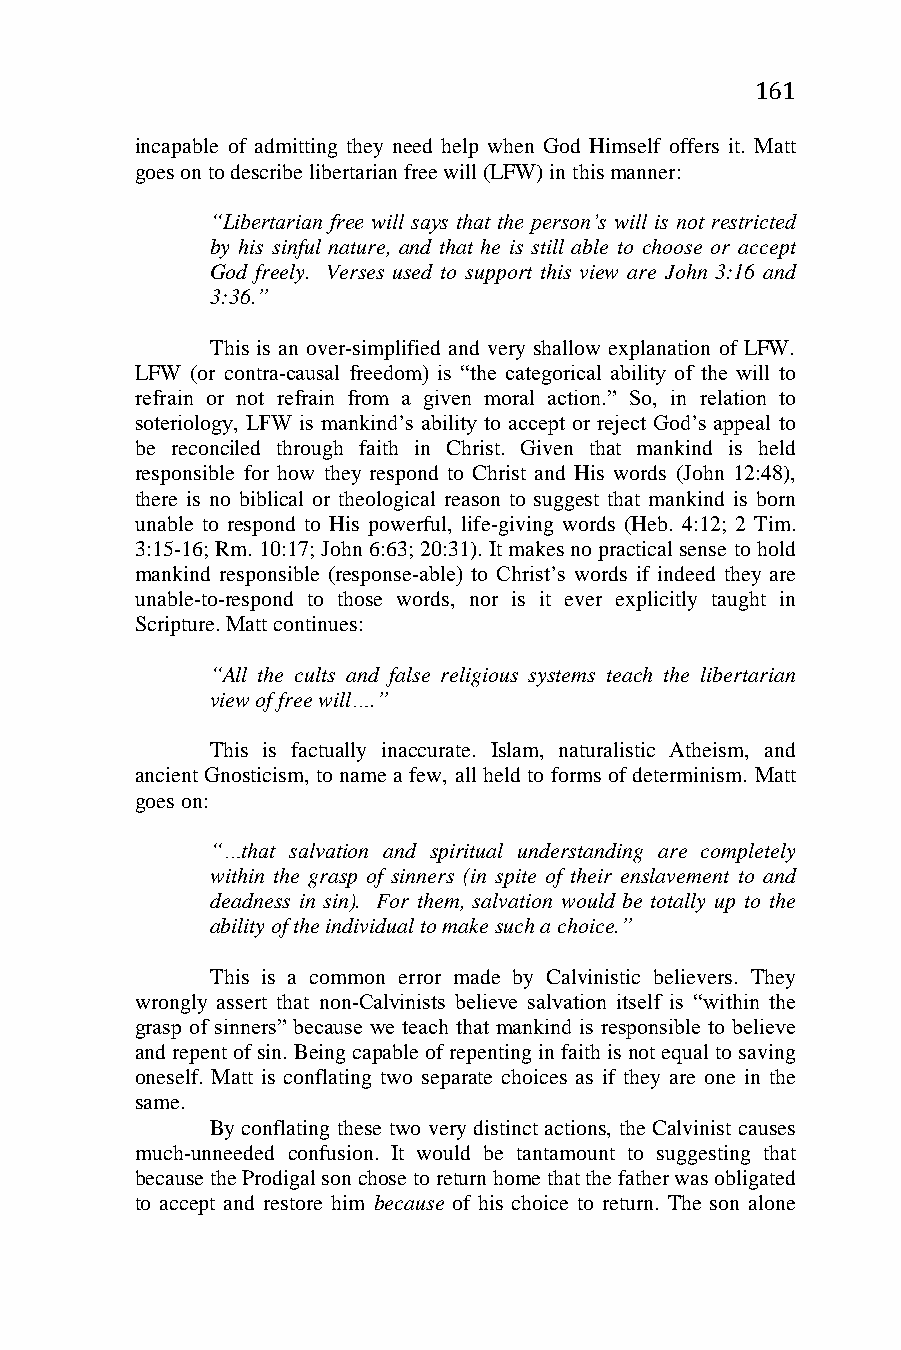
161
 incapable of admitting they need help when God Himself offers it. Matt
 goes on to describe libertarian free will (LFW) in this manner:
 “Libertarian free will says that the person’s will is not restricted
 by his sinful nature, and that he is still able to choose or accept
 God freely. Verses used to support this view are John 3:16 and
 3:36.”
 This is an over-simplified and very shallow explanation of LFW.
 LFW (or contra-causal freedom) is “the categorical ability of the will to
 refrain or not refrain from a given moral action.” So, in relation to
 soteriology, LFW is mankind’s ability to accept or reject God’s appeal to
 be reconciled through faith in Christ. Given that mankind is held
 responsible for how they respond to Christ and His words (John 12:48),
 there is no biblical or theological reason to suggest that mankind is born
 unable to respond to His powerful, life-giving words (Heb. 4:12; 2 Tim.
 3:15-16; Rm. 10:17; John 6:63; 20:31). It makes no practical sense to hold
 mankind responsible (response-able) to Christ’s words if indeed they are
 unable-to-respond to those words, nor is it ever explicitly taught in
 Scripture. Matt continues:
 “All the cults and false religious systems teach the libertarian
 view of free will….”
 This is factually inaccurate. Islam, naturalistic Atheism, and
 ancient Gnosticism, to name a few, all held to forms of determinism. Matt
 goes on:
 “…that salvation and spiritual understanding are completely
 within the grasp of sinners (in spite of their enslavement to and
 deadness in sin). For them, salvation would be totally up to the
 ability of the individual to make such a choice.”
 This is a common error made by Calvinistic believers. They
 wrongly assert that non-Calvinists believe salvation itself is “within the
 grasp of sinners” because we teach that mankind is responsible to believe
 and repent of sin. Being capable of repenting in faith is not equal to saving
 oneself. Matt is conflating two separate choices as if they are one in the
 same.
 By conflating these two very distinct actions, the Calvinist causes
 much-unneeded confusion. It would be tantamount to suggesting that
 because the Prodigal son chose to return home that the father was obligated
 to accept and restore him because of his choice to return. The son alone